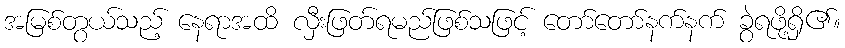
အမြစ်တွယ်သည့် နေရာအထိ လှီးဖြတ်ရမည်ဖြစ်သဖြင့် တော်တော်နက်နက် ခွဲရဖို့ရှိ၏။